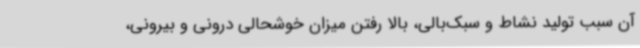
آن سبب تولید نشاط و سبک‌بالی، بالا رفتن میزان خوشحالی درونی و بیرونی،